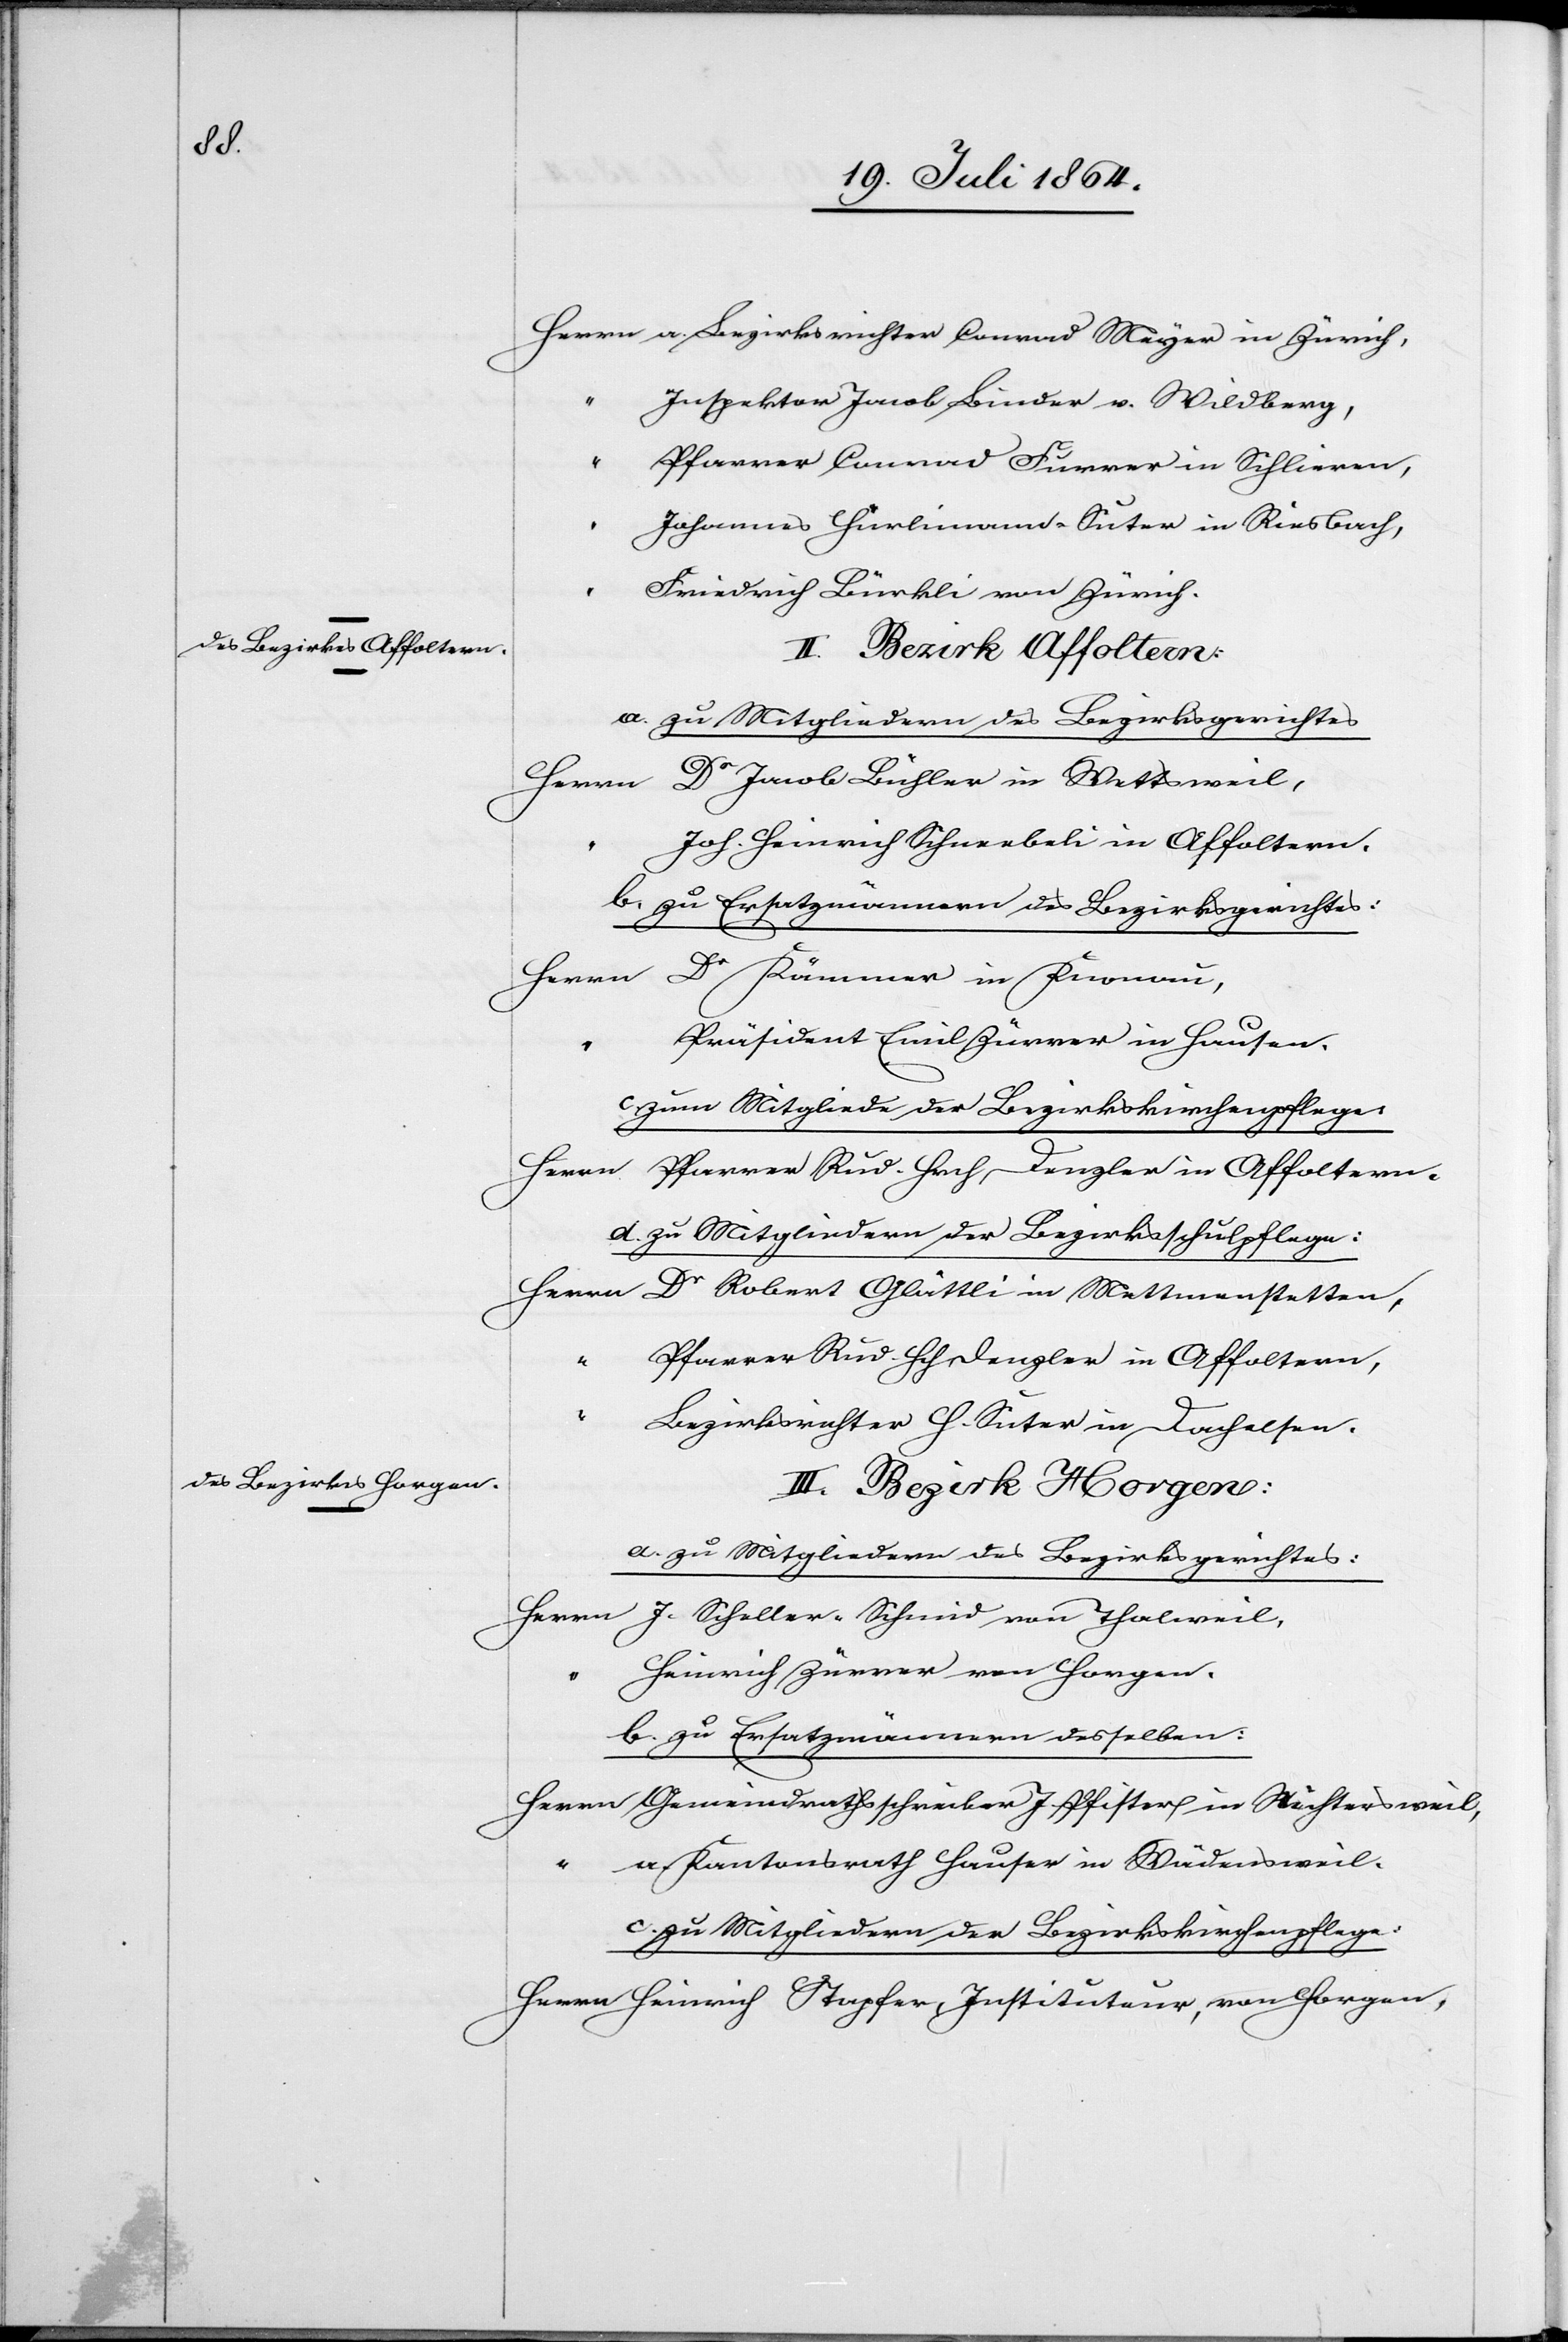
Herrn	a. Bezirksrichter Conrad Meyer in Zürich,
“		Inspektor Jacob Binder v. Wildberg,
“		Pfarrer Conrad Furrer in Schlieren,
“		Johannes Hürlimann-Suter in Riesbach,
“		Friedrich Bürkli von Zürich.
II. Bezirk Affoltern:
a. zu Mitgliedern des Bezirksgerichtes
Herrn	Dr Jacob Bühler in Wettsweil,
“		Joh. Heinrich Schneebeli in Affoltern.
b. zu Ersatzmännern des Bezirksgerichtes:
Herrn	Dr Kämmer in Knonau,
“		Präsident Emil Zürrer in Hausen.
zum Mitgliede der Bezirkskirchenpflege:
Herrn Pfarrer Rud. Hrch Denzler in Affoltern.
d. zu Mitgliedern der Bezirksschulpflege:
Herrn	Dr Robert Glättli in Mettmenstetten,
“		Pfarrer Rud. Hch Denzler in Affoltern,
“		Bezirksrichter H. Suter in Dachelsen.
III. Bezirk Horgen:
a. zu Mitgliedern des Bezirksgerichtes:
Herrn	J. Scheller-Schmid von Thalweil,
“		Heinrich Zürrer von Horgen.
b. zu Ersatzmännern desselben:
Herrn	Gemeindrathsschreiber J. Pfister in Richtersweil,
Kantonsrath Hauser in Wädensweil.
zu Mitgliedern der Bezirkskirchenpflege:
Herrn	Heinrich Stapfer, Instituteur, von Horgen,